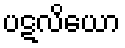
ပဋလိယော